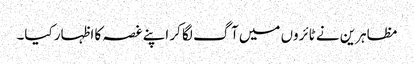
مظاہرین نے ٹائروں میں آگ لگا کر اپنے غصہ کا اظہار کیا۔